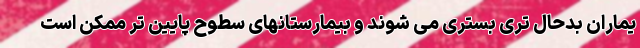
یماران بدحال تری بستری می شوند و بیمارستانهای سطوح پایین تر ممکن است